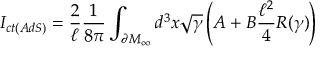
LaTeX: I _ { c t ( A d S ) } = \frac { 2 } { \ell } \frac { 1 } { 8 \pi } \int _ { \partial M _ { \infty } } d ^ { 3 } x \sqrt { \gamma } \left( A + B \frac { \ell ^ { 2 } } { 4 } R ( \gamma ) \right)